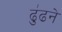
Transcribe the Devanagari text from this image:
ढु॑ढने